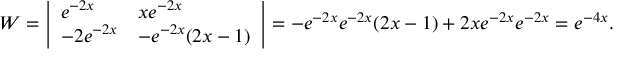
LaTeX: W = { \left| \begin{array} { l l } { e ^ { - 2 x } } & { x e ^ { - 2 x } } \\ { - 2 e ^ { - 2 x } } & { - e ^ { - 2 x } ( 2 x - 1 ) } \end{array} \right| } = - e ^ { - 2 x } e ^ { - 2 x } ( 2 x - 1 ) + 2 x e ^ { - 2 x } e ^ { - 2 x } = e ^ { - 4 x } .